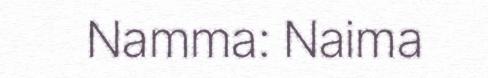
Namma: Naima